Vaccination in Bombay 1913-1923 - 1913-1923
Year: 1913
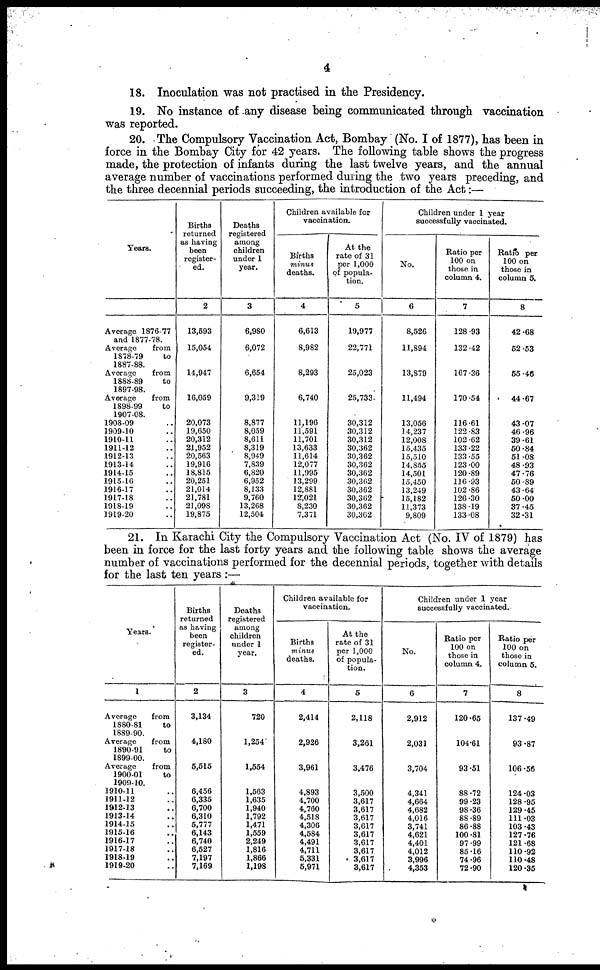
4
18. Inoculation was not practised in the Presidency.
19. No instance of any disease being communicated through vaccination
was reported.
20. The Compulsory Vaccination Act, Bombay (No. I of 1877), has been in
force in the Bombay City for 42 years. The following table shows the progress
made, the protection of infants during the last twelve years, and the annual
average number of vaccinations performed during the two years preceding, and
the three decennial periods succeeding, the introduction of the Act:—
Years.
Average 1876-77
and 1877-78.
Average
from
1878-79
to
1887-88.
Average
from
1888-89
to
1897-98.
Average
from
1898-99
to
1907-08.
1908-09 ..
1909-10 ..
1910-11 ..
1911-12 ..
1912-13 ..
1913-14 ..
1914-15 ..
1915-16 ..
1916-17 ..
1917-18 ..
1918-19 ..
1919-20 ..
Births
returned
as having
been
register-
ed.
2
13,593
15,054
14,947
16,059
20,073
19,650
20,312
21,952
20,563
19,916
18,815
20,251
21,014
21,781
21,098
19,875
Deaths
registered
among
children
under 1
year.
3
6,980
6,072
6,654
9,319
8,877
8,059
8,611
8,319
8,949
7,839
6,820
6,952
8,133
9,760
13,268
12,504
Children available for
vaccination.
Births
minus
deaths.
4
6,613
8,982
8,293
6,740
11,196
11,591
11,701
13,633
11,614
12,077
11,995
13,299
12,881
12,021
8,230
7,371
At the
rate of 31
per 1,000
of popula-
tion.
5
19,977
22,771
25,023
25,733
30,312
30,312
30,312
30,362
30,362
30,362
30,362
30,362
30,362
30,362
30,362
30,362
Children under 1 year
successfully vaccinated.
No.
6
8,526
11,894
13,879
11,494
13,056
14,237
12,008
15,435
15,510
14,855
14,501
15,450
13,249
15,182
11,373
9,809
Ratio per
100 on
those in
column 4.
7
128.93
132.42
167.36
170.54
116.61
122.83
102.62
133.22
133.55
123.00
120.89
116.93
102.86
126.30
138.19
133.08
Ratio per
100 on
those in
column 5.
8
42.68
52.53
65.46
44.67
43.07
46.96
39.61
60.84
51.08
48.93
47.76
50.89
43.64
60.00
37.45
32.31
21. In Karachi City the Compulsory Vaccination Act (No. IV of 1879) has
been in force for the last forty years and the following table shows the average
number of vaccinations performed for the decennial periods, together with details
for the last ten years :—
Years.
1
Average
from
1880-81
to
1889-90.
Average
from
1890-91
to
1899-00.
Average
from
1900-01
to
1909-10.
1910-11 ..
1911-12 ..
1942-13 ..
1913-14 ..
1914-15 ..
1915-16 ..
1916-17 ..
1917-18 ..
1918-19 ..
1919-20 ..
Births
returned
as having
been
register-
ed.
2
3,134
4,180
5,515
6,456
6,335
6,700
6,310
5,777
6,143
6,740
6,527
7,197
7,169
Deaths
registered
among
children
under 1
year.
3
720
1,254
1,554
1,563
1,635
1,940
1,792
1,471
1,559
2,249
1,816
1,866
1,198
Children available for
vaccination.
Births
minus
deaths.
4
2,414
2,926
3,961
4,893
4,700
4,760
4,518
4,306
4,584
4,491
4,711
5,331
6,971
At the
rate of 31
per 1,000
of popula-
tion.
5
2,118
3,261
3,476
3,500
3,617
3,617
3,617
3,617
3,617
3,617
3,617
3,617
3,617
Children under 1 year
successfully vaccinated.
No.
6
2,912
2,031
3,704
4,341
4,664
4,682
4,016
3,741
4,621
4,401
4,012
3,996
4,353
Ratio per
100 on
those in
column 4.
7
120.65
104.61
93.51
88.72
99.23
98.36
88.89
86.88
100.81
97.99
85.16
74.96
72.90
Ratio per
100 on
those in
column 5.
8
137.49
93.87
106.56
124.03
128.95
129.45
111.03
103.43
127.76
121.68
110.92
110.48
120.35